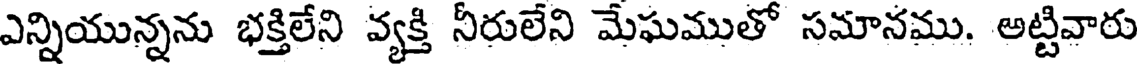
ఎన్నియున్నను భక్తిలేని వ్యక్తి నీరులేని మేఘముతో సమానము. అట్టివారు